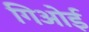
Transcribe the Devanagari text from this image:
गिओई